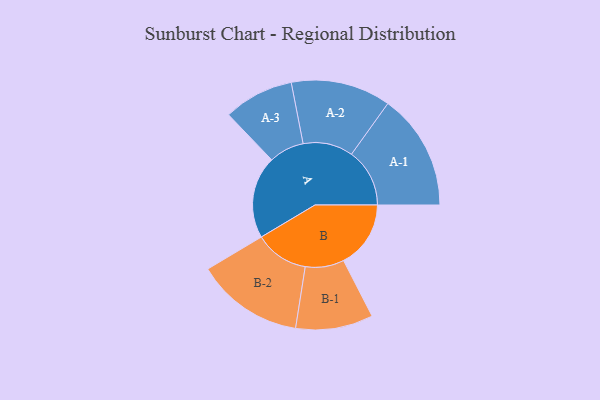
{"axis": {"x": "Segment", "y": "Value"}, "legend": ["", "A", "B"], "data": [{"x": "A", "y": 411, "type": ""}, {"x": "B", "y": 335, "type": ""}, {"x": "A-1", "y": 290, "type": "A"}, {"x": "A-2", "y": 249, "type": "A"}, {"x": "A-3", "y": 175, "type": "A"}, {"x": "B-1", "y": 193, "type": "B"}, {"x": "B-2", "y": 268, "type": "B"}]}